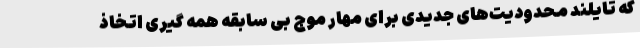
که تایلند محدودیت‌های جدیدی برای مهار موج بی سابقه همه گیری اتخاذ